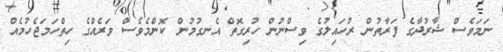
ނަމަވެސް ޝާރުދާގެ ފަރާތުން ރުހައިލުގެ ވިސްނުން ހުރިގޮތް އެނގުމުން ކޮންމެވެސް ވަރެއްގެ ހިތްހަމަޖެހުމެއް